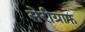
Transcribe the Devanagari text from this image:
सेरीग्राफ